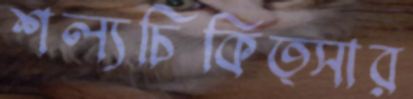
শল্যচিকিত্সার